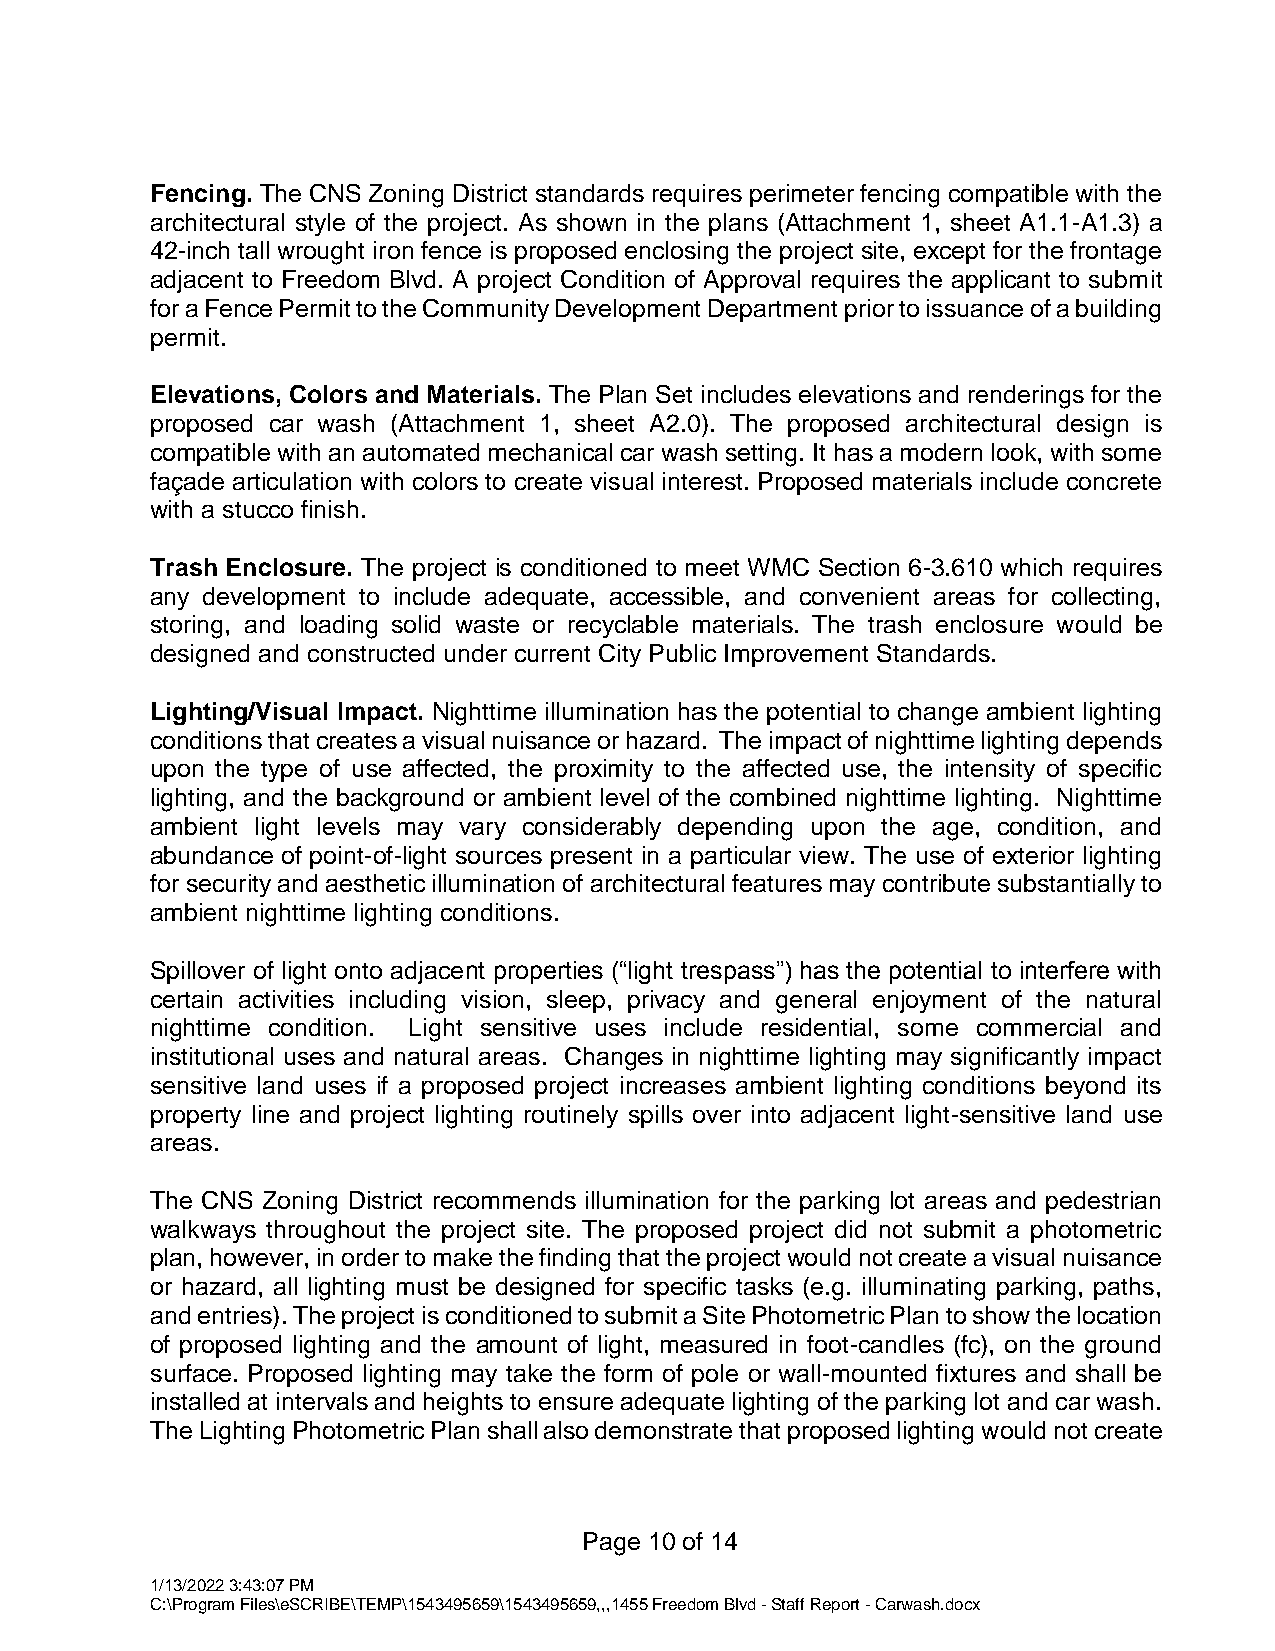
Fencing. The CNS Zoning District standards requires perimeter fencing compatible with the
 architectural style of the project. As shown in the plans (Attachment 1, sheet A1.1-A1.3) a
 42-inch tall wrought iron fence is proposed enclosing the project site, except for the frontage
 adjacent to Freedom Blvd. A project Condition of Approval requires the applicant to submit
 for a Fence Permit to the Community Development Department prior to issuance of a building
 permit.
 Elevations, Colors and Materials. The Plan Set includes elevations and renderings for the
 proposed car wash (Attachment 1, sheet A2.0). The proposed architectural design is
 compatible with an automated mechanical car wash setting. It has a modern look, with some
 façade articulation with colors to create visual interest. Proposed materials include concrete
 with a stucco finish.
 Trash Enclosure. The project is conditioned to meet WMC Section 6-3.610 which requires
 any development to include adequate, accessible, and convenient areas for collecting,
 storing, and loading solid waste or recyclable materials. The trash enclosure would be
 designed and constructed under current City Public Improvement Standards.
 Lighting/Visual Impact. Nighttime illumination has the potential to change ambient lighting
 conditions that creates a visual nuisance or hazard. The impact of nighttime lighting depends
 upon the type of use affected, the proximity to the affected use, the intensity of specific
 lighting, and the background or ambient level of the combined nighttime lighting. Nighttime
 ambient light levels may vary considerably depending upon the age, condition, and
 abundance of point-of-light sources present in a particular view. The use of exterior lighting
 for security and aesthetic illumination of architectural features may contribute substantially to
 ambient nighttime lighting conditions.
 Spillover of light onto adjacent properties (“light trespass”) has the potential to interfere with
 certain activities including vision, sleep, privacy and general enjoyment of the natural
 nighttime condition. Light sensitive uses include residential, some commercial and
 institutional uses and natural areas. Changes in nighttime lighting may significantly impact
 sensitive land uses if a proposed project increases ambient lighting conditions beyond its
 property line and project lighting routinely spills over into adjacent light-sensitive land use
 areas.
 The CNS Zoning District recommends illumination for the parking lot areas and pedestrian
 walkways throughout the project site. The proposed project did not submit a photometric
 plan, however, in order to make the finding that the project would not create a visual nuisance
 or hazard, all lighting must be designed for specific tasks (e.g. illuminating parking, paths,
 and entries). The project is conditioned to submit a Site Photometric Plan to show the location
 of proposed lighting and the amount of light, measured in foot-candles (fc), on the ground
 surface. Proposed lighting may take the form of pole or wall-mounted fixtures and shall be
 installed at intervals and heights to ensure adequate lighting of the parking lot and car wash.
 The Lighting Photometric Plan shall also demonstrate that proposed lighting would not create
 Page 10 of 14
 1/13/2022 3:43:07 PM
 C:\Program Files\eSCRIBE\TEMP\1543495659\1543495659,,,1455 Freedom Blvd - Staff Report - Carwash.docx